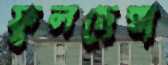
ফুলছেন্না